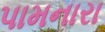
પામનારા